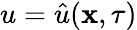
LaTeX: u=\hat{u}(\mathbf{x},\tau)